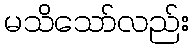
မသိသော်လည်း